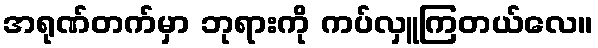
အရုဏ်တက်မှာ ဘုရားကို ကပ်လှူကြတယ်လေ။